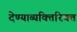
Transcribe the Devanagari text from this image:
देण्याव्यक्तिरिक्त